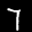
Label: 7